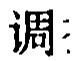
调